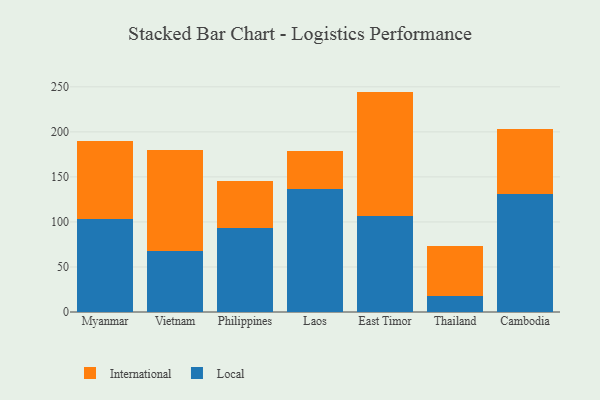
{"axis": {"x": "Country", "y": "Demand Index"}, "legend": ["International", "Local"], "data": [{"x": "Myanmar", "y": 102.8, "type": "Local"}, {"x": "Myanmar", "y": 86.7, "type": "International"}, {"x": "Vietnam", "y": 67.6, "type": "Local"}, {"x": "Vietnam", "y": 112.7, "type": "International"}, {"x": "Philippines", "y": 93.0, "type": "Local"}, {"x": "Philippines", "y": 52.2, "type": "International"}, {"x": "Laos", "y": 136.2, "type": "Local"}, {"x": "Laos", "y": 42.2, "type": "International"}, {"x": "East Timor", "y": 106.6, "type": "Local"}, {"x": "East Timor", "y": 138.1, "type": "International"}, {"x": "Thailand", "y": 18.3, "type": "Local"}, {"x": "Thailand", "y": 55.4, "type": "International"}, {"x": "Cambodia", "y": 131.3, "type": "Local"}, {"x": "Cambodia", "y": 71.8, "type": "International"}]}